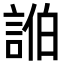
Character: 𮘓